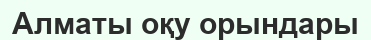
Алматы оқу орындары